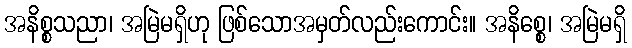
အနိစ္စသညာ၊ အမြဲမရှိဟု ဖြစ်သောအမှတ်လည်းကောင်း။ အနိစ္စေ၊ အမြဲမရှိ